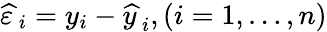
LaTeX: {\widehat{\varepsilon\, }}_{i}=y_{i}-{\widehat{y\, }}_{i},(i=1,\dots,n)